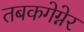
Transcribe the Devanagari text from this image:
तबकगेग्नेर